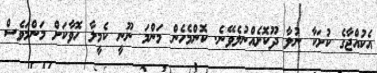
އެކުއްޖާގެ ކުށަކާ ނުލާ ދޫކޮށެއްނުލެވޭނެ. ކޮންމެހެން މަންމަ ނޫނީ ކެމީލާ ހޮވާކަށް މަންމަވެސް